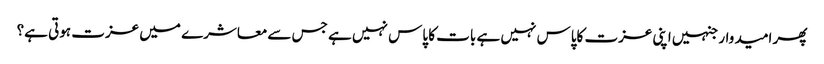
پھر امید وار جنہیں اپنی عزت کاپاس نہیں ہے بات کا پاس نہیں ہے جس سےمعاشرے میں عزت ہوتی ہے؟